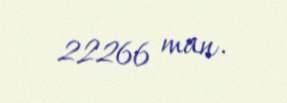
22266 man.